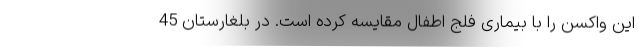
این واکسن را با بیماری فلج اطفال مقایسه کرده است. در بلغارستان 45